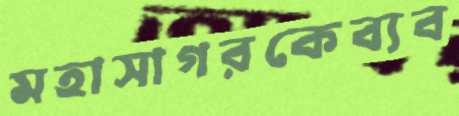
মহাসাগরকেব্যব